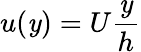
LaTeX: u(\mathit{y})=U{\frac{{\mathit{y}}}{{h}}}